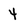
Character: 4